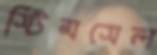
স্টিমসেল